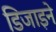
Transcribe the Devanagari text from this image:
डिजाइने